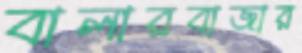
বালারবাজার